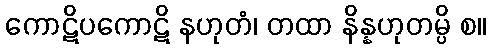
ကောဋိပကောဋိ နဟုတံ၊ တထာ နိန္နဟုတမ္ပိ စ။